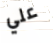
علي